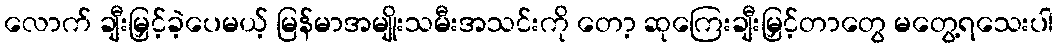
လောက် ချီးမြှင့်ခဲ့ပေမယ့် မြန်မာအမျိုးသမီးအသင်းကို တော့ ဆုကြေးချီးမြှင့်တာတွေ မတွေ့ရသေးပါ